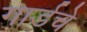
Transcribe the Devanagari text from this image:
गार्डचे